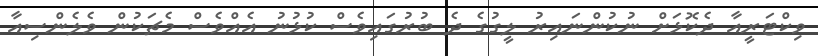
ވިކްޓަރީއާ ދެކޮޅަށް ނުކުންނައިރު ލީގުގެ ދެ ބުރުގައިވެސް ކުޅުނު އެއްވެސް މެޗަކުން ވެލެންސިއާ